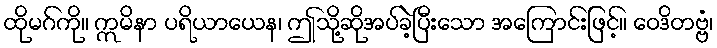
ထိုမဂ်ကို။ ဣမိနာ ပရိယာယေန၊ ဤသို့ဆိုအပ်ခဲ့ပြီးသော အကြောင်းဖြင့်။ ဝေဒိတဗ္ဗံ၊